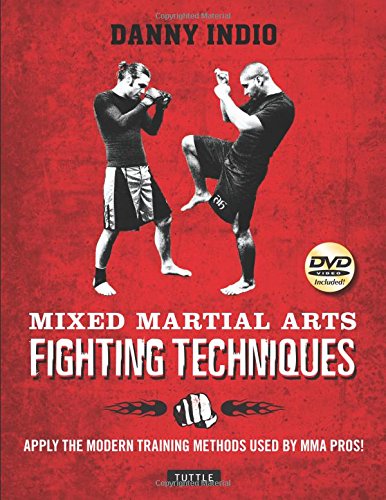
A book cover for Mixed Martial Arts Fighting Techniques: Apply the Modern Training Methods Used by MMA Pros! [DVD Included]; Danny Indio; Sports & Outdoors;